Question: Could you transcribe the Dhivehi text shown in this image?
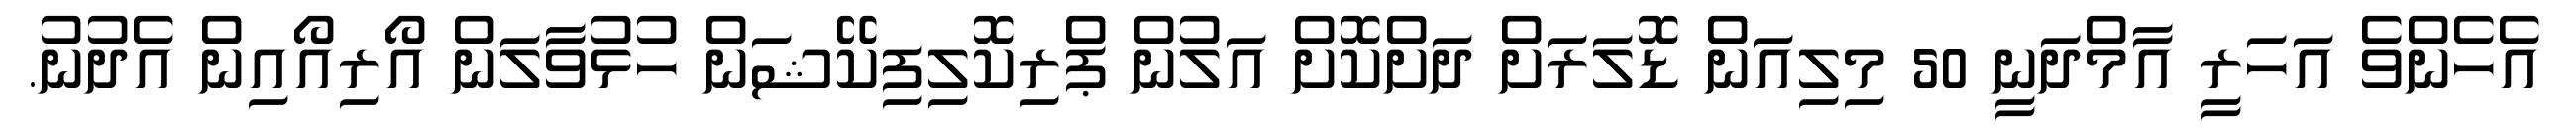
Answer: އެހެންވެ އަހަރީ އާމްދަނީ 50 މިލިއަން ޑޮލަރަށް ދަށްކޮށް އަލުން ޕްރިކޮލިފިކޭޝަން ހުޅުވާލަން އޯރިއޯއިން އެދުނު.